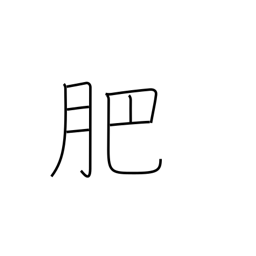
Meaning: manure